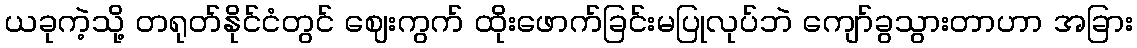
ယခုကဲ့သို့ တရုတ်နိုင်ငံတွင် ဈေးကွက် ထိုးဖောက်ခြင်းမပြုလုပ်ဘဲ ကျော်ခွသွားတာဟာ အခြား